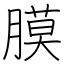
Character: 膜